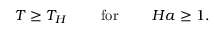
T \geq T _ { H } \ \ \ \ \ \ \ \mathrm { f o r } \ \ \ \ \ \ \ H a \geq 1 .